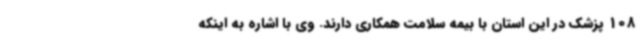
108 پزشک در این استان با بیمه سلامت همکاری دارند. وی با اشاره به اینکه